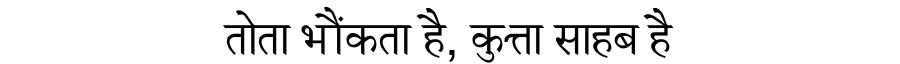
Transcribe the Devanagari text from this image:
तोता भौंकता है, कुत्ता साहब है